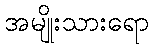
အမျိုးသားရော